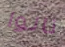
نالوا